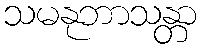
သမနုဘာသန္တာ